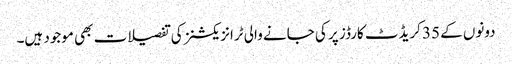
دونوں کے 35 کریڈٹ کارڈز پر کی جانے والی ٹرانزیکشنز کی تفصیلات بھی موجود ہیں۔